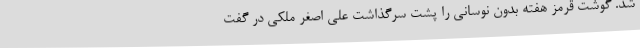
شد. گوشت قرمز هفته بدون نوسانی را پشت سرگذاشت علی اصغر ملکی در گفت